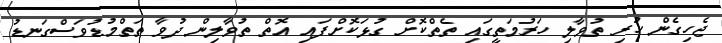
ޖެހިގެން ހުރި ތުވާލި ހަރުމަތީގައި ތެތްކޮށް ގުޅަކޮށްފައި އޮތް ތުވާލިން ދުވާ ތަތްމުޑުވަސްގަނޑު